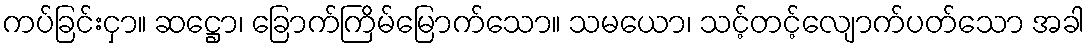
ကပ်ခြင်းငှာ။ ဆဋ္ဌော၊ ခြောက်ကြိမ်မြောက်သော။ သမယော၊ သင့်တင့်လျောက်ပတ်သော အခါ